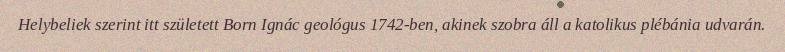
Helybeliek szerint itt született Born Ignác geológus 1742-ben, akinek szobra áll a katolikus plébánia udvarán.